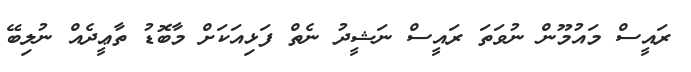
ރައީސް މައުމޫން ނުވަތަ ރައީސް ނަޝީދު ނެތް ފަޅިއަކަށް މާބޮޑު ތާޢީދެއް ނުލިބޭ